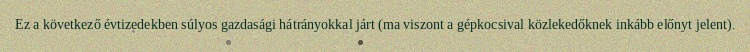
Ez a következő évtizedekben súlyos gazdasági hátrányokkal járt (ma viszont a gépkocsival közlekedőknek inkább előnyt jelent).